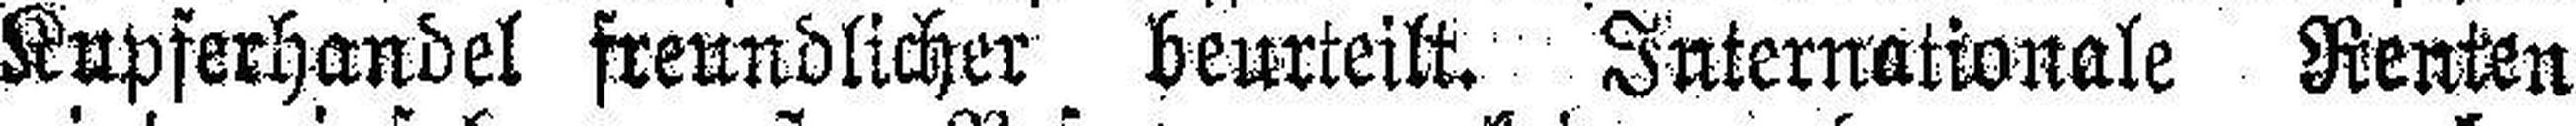
Kupferhandel freundlicher beurteilt. Internationale Renten